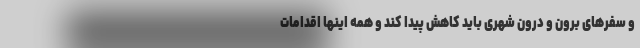
و سفرهای برون و درون شهری باید کاهش پیدا کند و همه اینها اقدامات